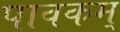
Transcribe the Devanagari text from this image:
पावकम्